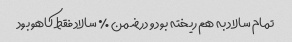
تمام سالاد به هم ریخته بود و در ضمن ٪ سالاد فقط کاهو بود